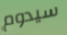
سيدوم